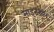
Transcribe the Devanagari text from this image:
साइटसीर